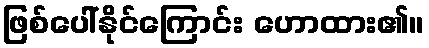
ဖြစ်ပေါ်နိုင်ကြောင်း ဟောထား၏။